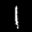
Label: 1